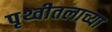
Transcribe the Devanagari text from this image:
पृथ्वीतलाच्या